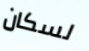
لسكان